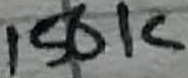
Text: 150K